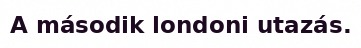
A második londoni utazás.